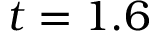
t = 1 . 6